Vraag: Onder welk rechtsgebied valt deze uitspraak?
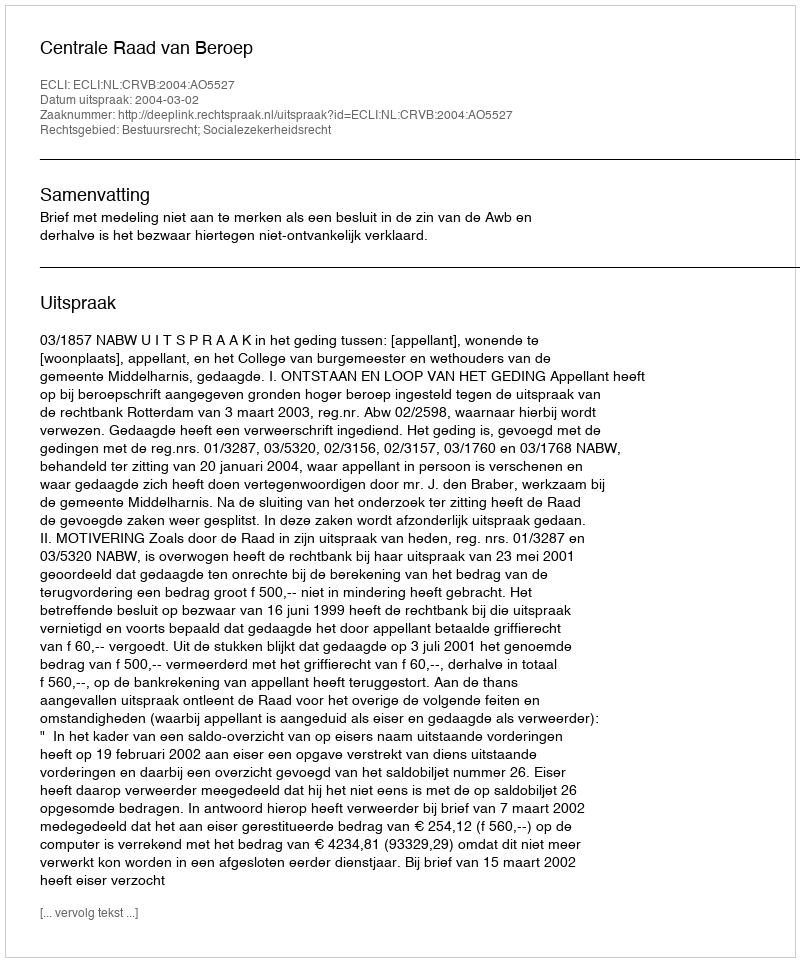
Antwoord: Bestuursrecht; Socialezekerheidsrecht